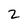
Character: 2